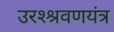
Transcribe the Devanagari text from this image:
उरश्श्रवणयंत्र